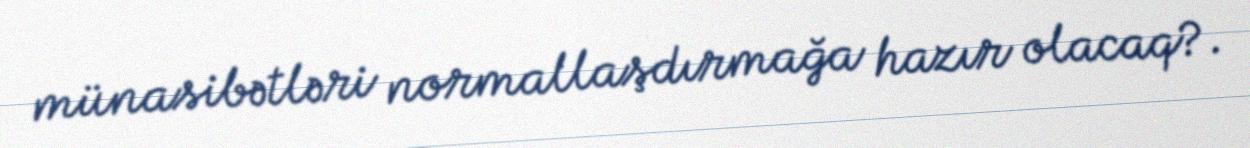
münasibətləri normallaşdırmağa hazır olacaq?.